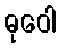
ဓုဝေါ